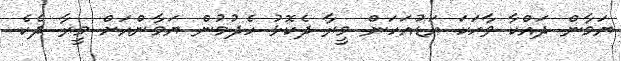
ޔަމާން ދައްކާ ވާހަކަ އަޑުއަހަން މީރާ ދެކޮޅު ހެދުމުން ޔަމާންއަށް މީރާ ދެކެ